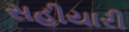
સહીયારી